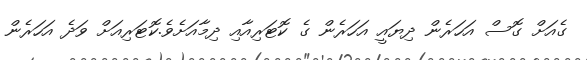
ގެއަށް ގޮސް އަހަރެން ދިޔައީ އަހަރެން ގެ ކޮޓަރިއާއި ދިމާއަށެވެ.ކޮޓަރިއަށް ވަދެ އަހަރެން